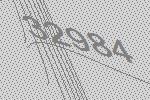
32984